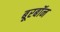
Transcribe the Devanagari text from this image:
बूरबॉन